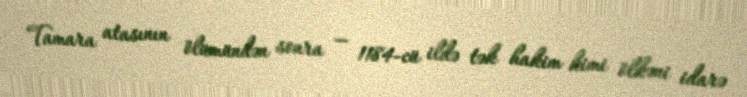
Tamara atasının ölümündən sonra — 1184-cü ildə tək hakim kimi ölkəni idarə